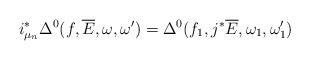
LaTeX: \begin{align*}i_{\mu_n}^*\Delta^0(f,\overline{E},\omega,\omega')=\Delta^0(f_1,j^*\overline{E},\omega_1,\omega'_1)\end{align*}